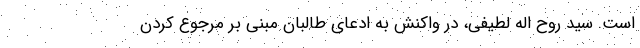
است. سید روح اله لطیفی، در واکنش به ادعای طالبان مبنی بر مرجوع کردن